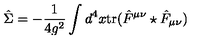
\hat { \Sigma } = - \frac { 1 } { 4 g ^ { 2 } } \int d ^ { 4 } x \mathrm { t r } ( \hat { F } ^ { \mu \nu } \star \hat { F } _ { \mu \nu } )